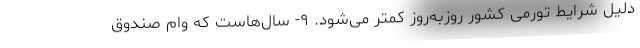
دلیل شرایط تورمی کشور روزبه‌روز کمتر می‌شود. ۹- سال‌هاست که وام صندوق